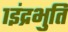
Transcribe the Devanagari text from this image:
१इंद्रभुति